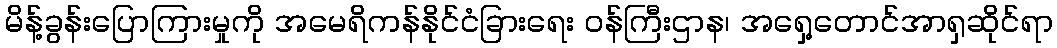
မိန့်ခွန်းပြောကြားမှုကို အမေရိကန်နိုင်ငံခြားရေး ဝန်ကြီးဌာန၊ အရှေ့တောင်အာရှဆိုင်ရာ